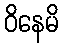
ဝိနေမိ